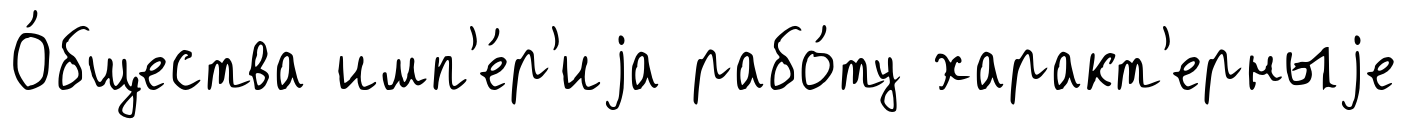
О́бщества имп'е́р'иjа рабо́ту характ'ерныjе